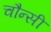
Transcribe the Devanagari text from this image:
चौन्सी